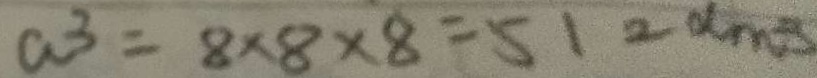
a ^ { 3 } = 8 \times 8 \times 8 = 5 1 2 d m ^ { 3 }